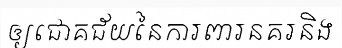
ឲ្យជោគជ័យនៃការពារនគរនិង